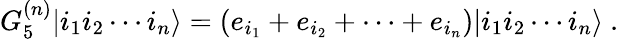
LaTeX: G_{5}^{(n)}|i_{1}i_{2}\cdots i_{n}\rangle=(e_{i_{1}}+e_{i_{2}}+\cdots+e_{i_{n}})|i_{1}i_{2}\cdots i_{n}\rangle\ .